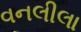
વનલીલા